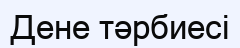
Дене тәрбиесі